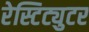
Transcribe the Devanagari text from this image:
रेस्टिट्युटर